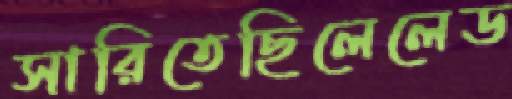
সারিতেছিলেলেড